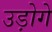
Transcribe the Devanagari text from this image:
उड़ोगे